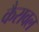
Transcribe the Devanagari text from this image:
कैरावल